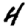
Digit: 4